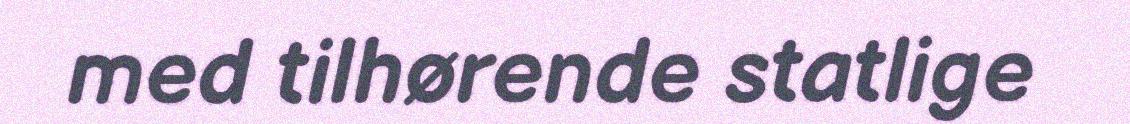
med tilhørende statlige